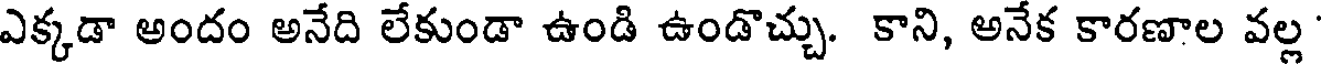
ఎక్కడా అందం అనేది లేకుండా ఉండి ఉండొచ్చు. కాని, అనేక కారణాల వల్ల